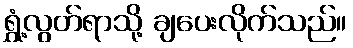
ရွှံ့လွတ်ရာသို့ ချပေးလိုက်သည်။